Subject: math
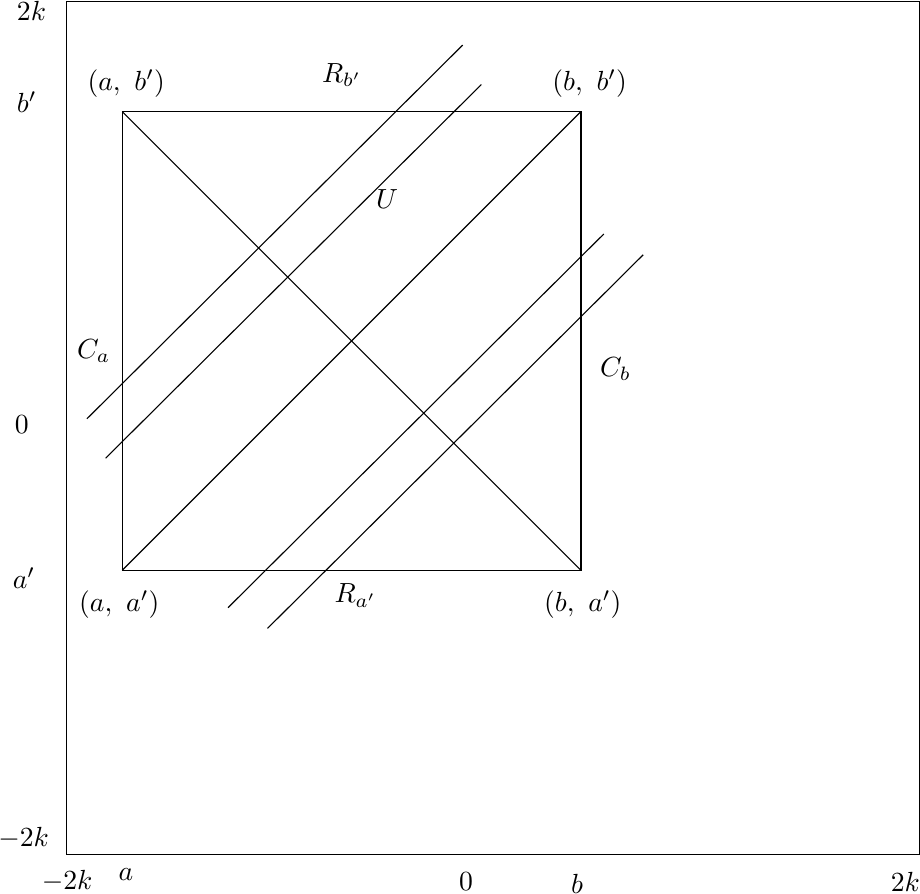
LaTeX code:
\begin{tikzpicture}[x=0.75pt,y=0.75pt,yscale=-1,xscale=1]

\draw   (116,24) -- (527,24) -- (527,435) -- (116,435) -- cycle ;
\draw   (143,77) -- (364,77) -- (364,298) -- (143,298) -- cycle ;
\draw    (135,244) -- (166.08,213.09) -- (316,64) ;
\draw    (143,298) -- (364,77) ;
\draw    (364,298) -- (143,77) ;
\draw    (126,225) -- (307,45) ;
\draw    (194,316) -- (375,136) ;
\draw    (213,326) -- (268.65,270.65) -- (394,146) ;

\draw (264,113.4) node [anchor=north west][inner sep=0.75pt]    {$U$};
\draw (120,185.4) node [anchor=north west][inner sep=0.75pt]    {$C_{a}$};
\draw (244,303.4) node [anchor=north west][inner sep=0.75pt]    {$R_{a'}$};
\draw (372,194.4) node [anchor=north west][inner sep=0.75pt]    {$C_{b}$};
\draw (238,52.4) node [anchor=north west][inner sep=0.75pt]    {$R_{b'} \ $};
\draw (140,440.4) node [anchor=north west][inner sep=0.75pt]    {$a$};
\draw (358,443.4) node [anchor=north west][inner sep=0.75pt]    {$b$};
\draw (89,295.4) node [anchor=north west][inner sep=0.75pt]    {$a'$};
\draw (91,66.4) node [anchor=north west][inner sep=0.75pt]    {$b'$};
\draw (121,306.4) node [anchor=north west][inner sep=0.75pt]    {$( a,\ a')$};
\draw (345,306.4) node [anchor=north west][inner sep=0.75pt]    {$( b,\ a')$};
\draw (349,55.4) node [anchor=north west][inner sep=0.75pt]    {$( b,\ b')$};
\draw (125,55.4) node [anchor=north west][inner sep=0.75pt]    {$( a,\ b')$};
\draw (304,442.4) node [anchor=north west][inner sep=0.75pt]    {$0$};
\draw (90,222.4) node [anchor=north west][inner sep=0.75pt]    {$0$};
\draw (512,442.4) node [anchor=north west][inner sep=0.75pt]    {$2k$};
\draw (103,441.4) node [anchor=north west][inner sep=0.75pt]    {$-2k$};
\draw (91,22.4) node [anchor=north west][inner sep=0.75pt]    {$2k$};
\draw (82,420.4) node [anchor=north west][inner sep=0.75pt]    {$-2k$};

\end{tikzpicture}